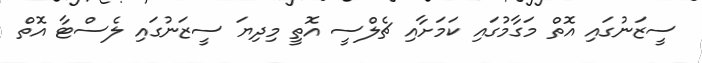
ސީޒަނުގައި އޮތް މަގާމުގައި ކަމަށާއި ޗެލްސީ އޮތީ މިދިޔަ ސީޒަނުގައި ލެސްޓާ އޮތް